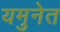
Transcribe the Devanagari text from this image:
यमुनेत